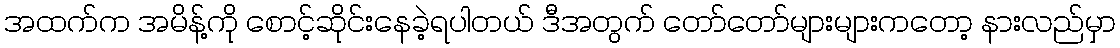
အထက်က အမိန့်ကို စောင့်ဆိုင်းနေခဲ့ရပါတယ် ဒီအတွက် တော်တော်များများကတော့ နားလည်မှာ